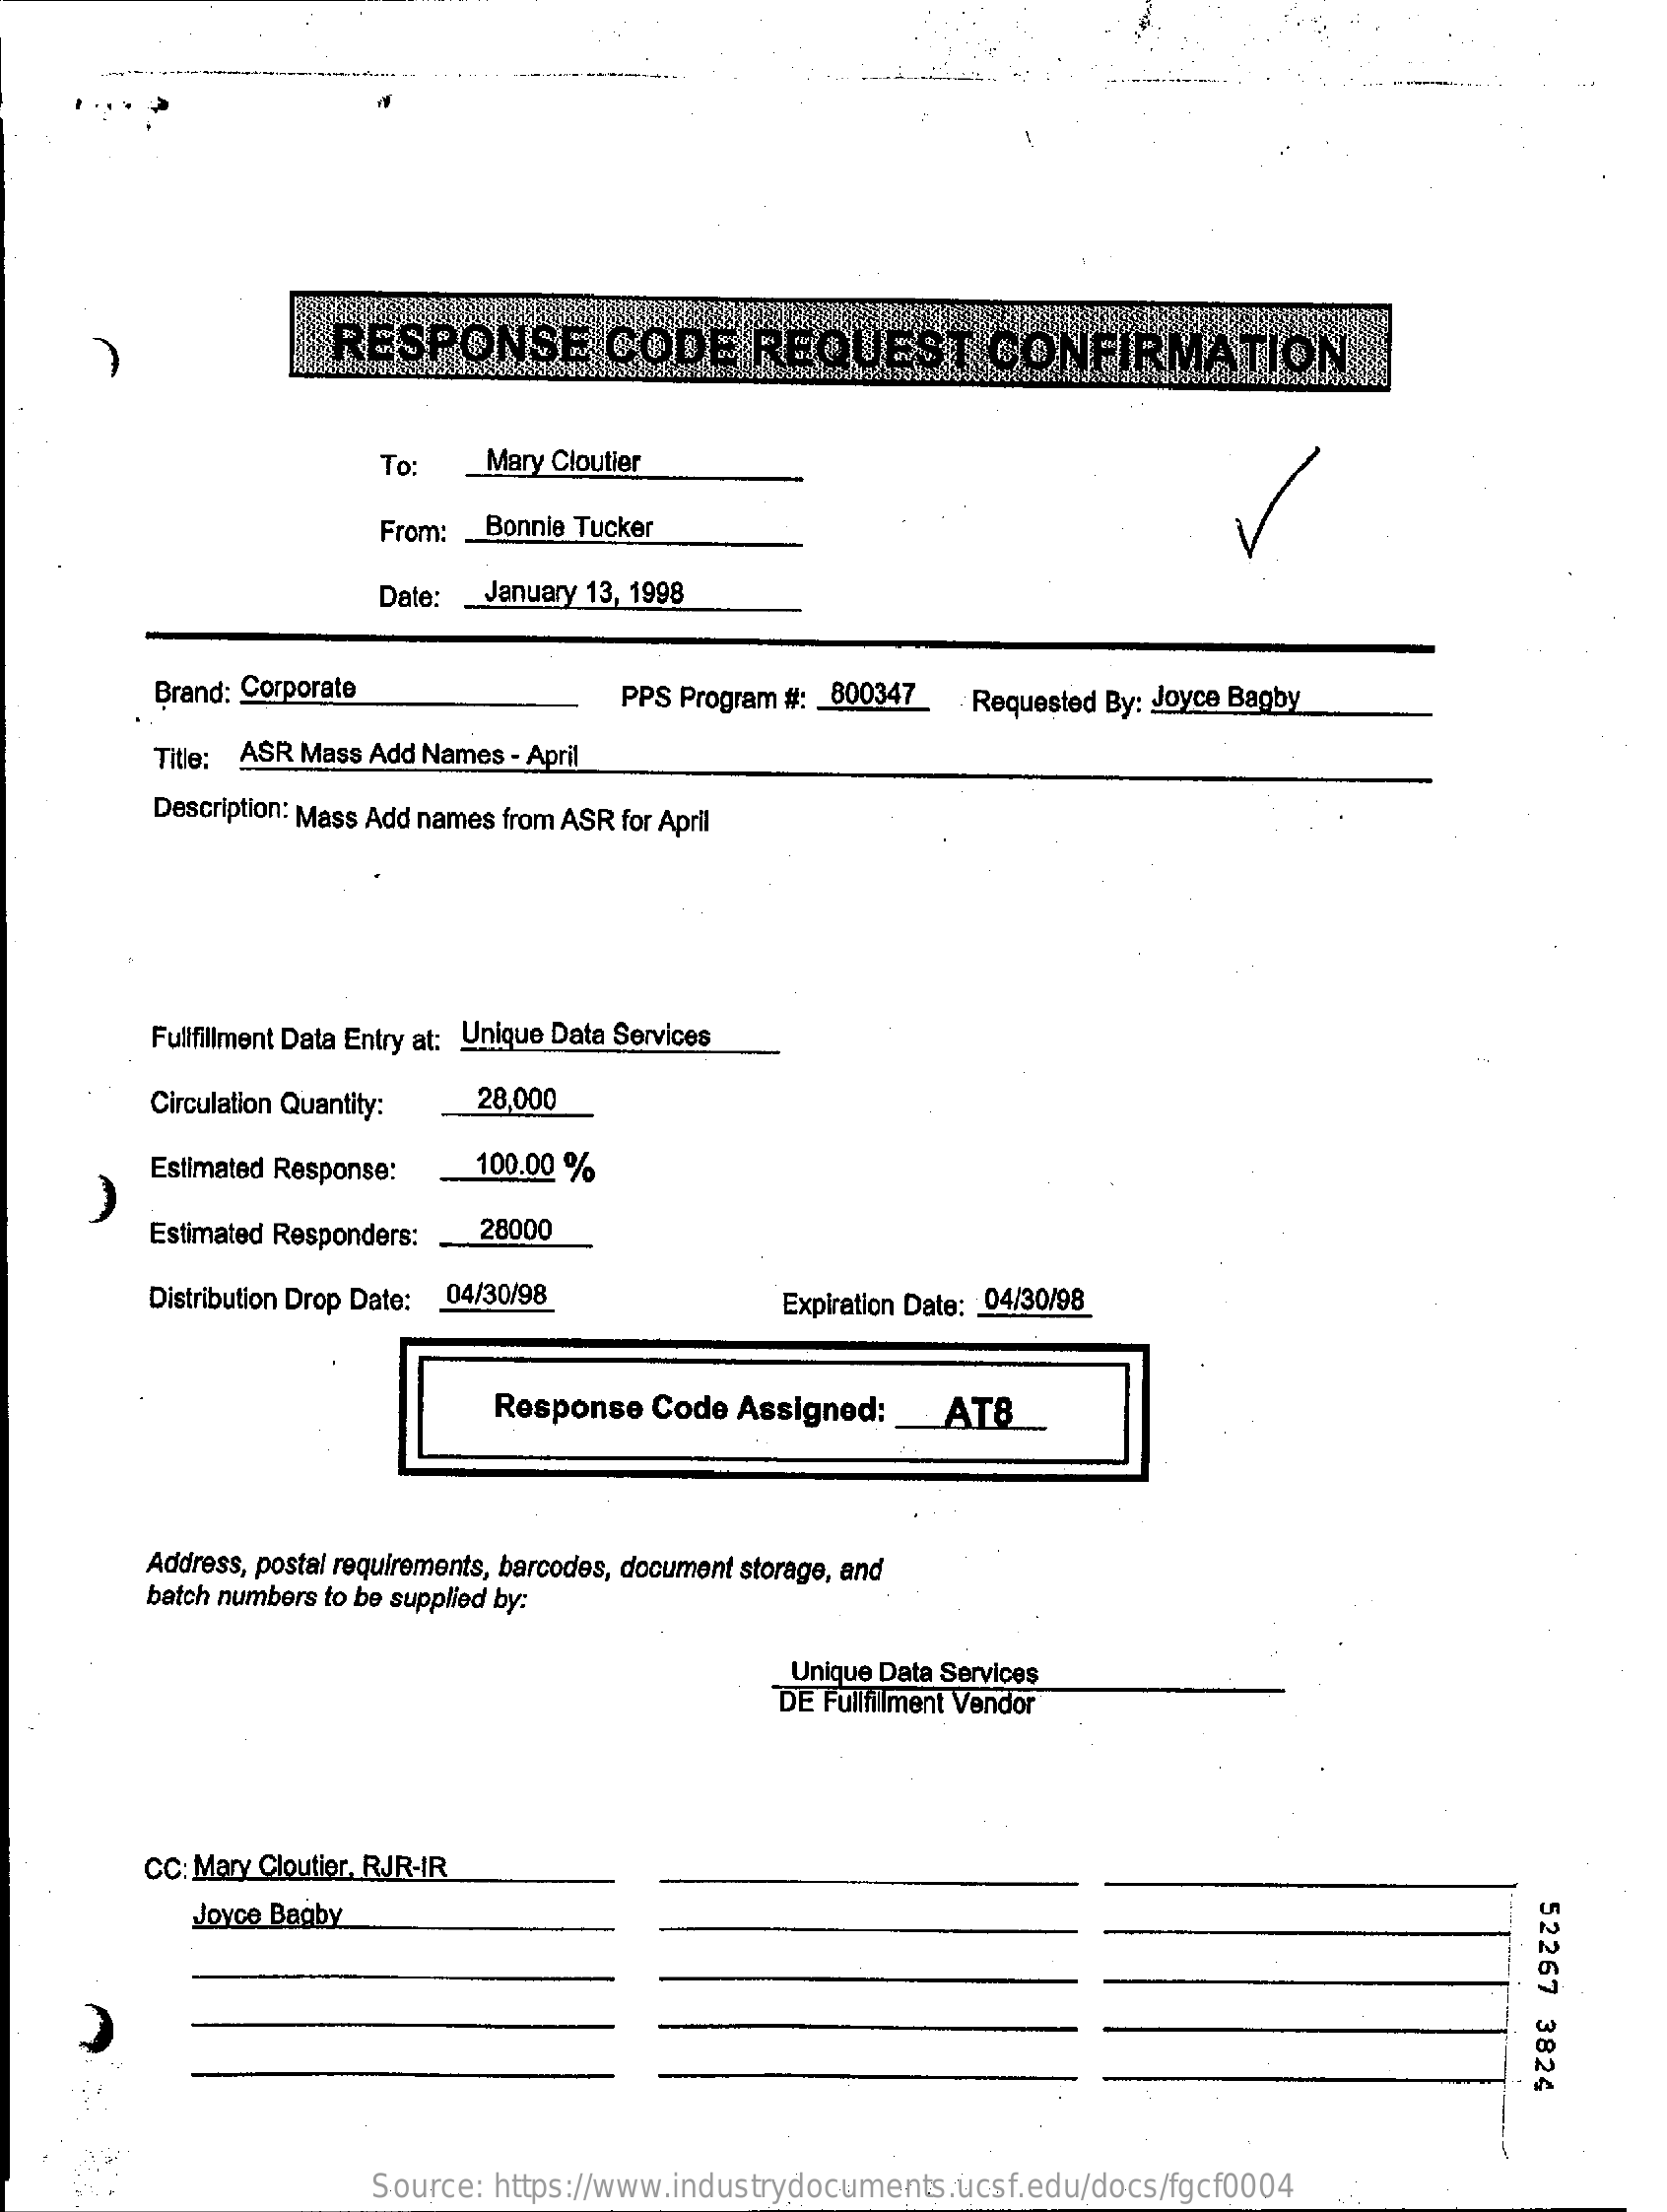
#RESPONSE    CODE    REQUEST    CONFIRMATION
     To:   Mary Cloutier
     From: _ Bonnie Tucker
     Date:  January 13, 1998
     Brand: Corporate    PPS Program #: 800347 . Requested By: Joyce Bagby
     Title: ASR Mass Add Names - April
     Description: Mass Add names from ASR for April
     Fullfillment Data Entry at: Unique Data Services
     Circulation Quantity: 28,000
     Estimated Response:  100.00 %
     Estimated Responders: 28000
     Distribution Drop Date: 04/30/98    Expiration Date: 04/30/98
     Response  Code Assigned:    AT8
     Address, postal requirements, barcodes, document storage, and
     batch numbers to be supplied by:
     Unique Data Services
     DE Fullfillment Vendor
     CC: Mary Cloutier, RJR-IR
     52267
     3824
     Joyce Bagby
     Source: https://www.industrydocuments.ucsf.edu/docs/fgcf0004